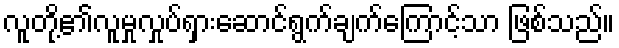
လူတို့၏လူမှုလှုပ်ရှားဆောင်ရွက်ချက်ကြောင့်သာ ဖြစ်သည်။